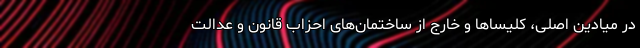
در میادین اصلی، کلیساها و خارج از ساختمان‌های احزاب قانون و عدالت